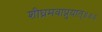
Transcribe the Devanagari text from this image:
शीघ्रमवाप्नुयात्॥४॥